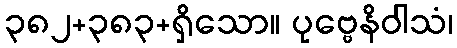
၃၈၂+၃၈၃+ရှိသော။ ပုဗ္ဗေနိဝါသံ၊